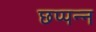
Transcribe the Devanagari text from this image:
छप्पन्न